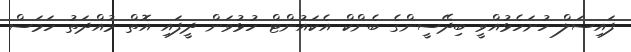
ފައިސަލް ހުށަހެޅުއްވީ ބިދޭސީންގެ ބެންކް އެކައުންޓް ހުޅުވަން ދީފައި އޮތް މުއްދަތު ހަމަސް